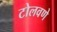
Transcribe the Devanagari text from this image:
टोलवणे